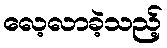
လေ့လာခဲ့သည့်